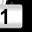
Digit: 1